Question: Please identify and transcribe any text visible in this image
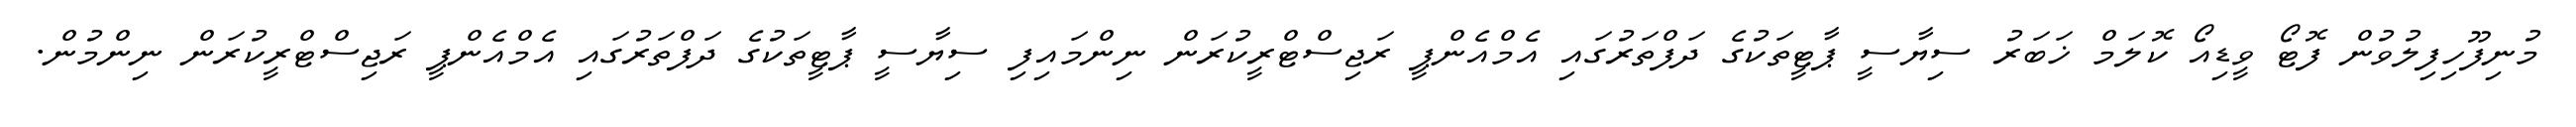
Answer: މުނިފޫހިފިލުވުން ފޮޓޯ ވީޑިއޯ ކޮލަމް ޚަބަރު ސިޔާސީ ޕާޓީތަކުގެ ދަފްތަރުގައި އެމްއެންޕީ ރަޖިސްޓްރީކުރަން ނިންމައިފި ސިޔާސީ ޕާޓީތަކުގެ ދަފްތަރުގައި އެމްއެންޕީ ރަޖިސްޓްރީކުރަން ނިންމުން.